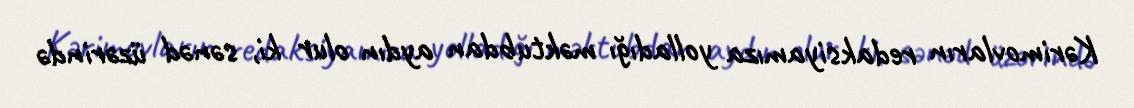
Kərimovların redaksiyamıza yolladığı məktubdan aydın olur ki, sənəd üzərində